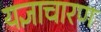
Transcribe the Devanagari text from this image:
यज्ञाचारण